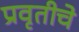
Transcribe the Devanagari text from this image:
प्रवृतीचे